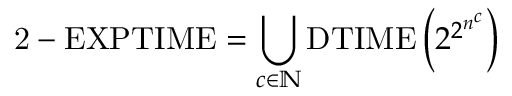
{ \mathrm { 2 - E X P T I M E } } = \bigcup _ { c \in \mathbb { N } } { \mathrm { D T I M E } } \left( 2 ^ { 2 ^ { n ^ { c } } } \right)